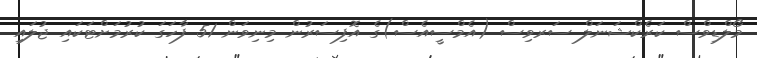
މޯލްޑިވްސް ކަރެކްޝަނަލް ސަރވިސް (އެމްސީއެސް)ގެ އޮފިސަރުން މިނިވަން 51 ފާހަގަ ކުރުމަށްޓަކައި ޖުލައި